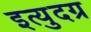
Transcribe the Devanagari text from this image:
इत्युदग्र